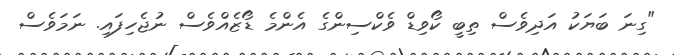
"ގިނަ ބަޔަކު އަދިވެސް ތިބީ ކޯވިޑް ވެކްސިންގެ އެންމެ ޑޯޒެއްވެސް ނުޖެހިފައި. ނަމަވެސް